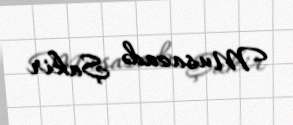
Musazadə Şakir